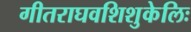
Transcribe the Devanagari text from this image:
गीतराघवशिशुकेलिः